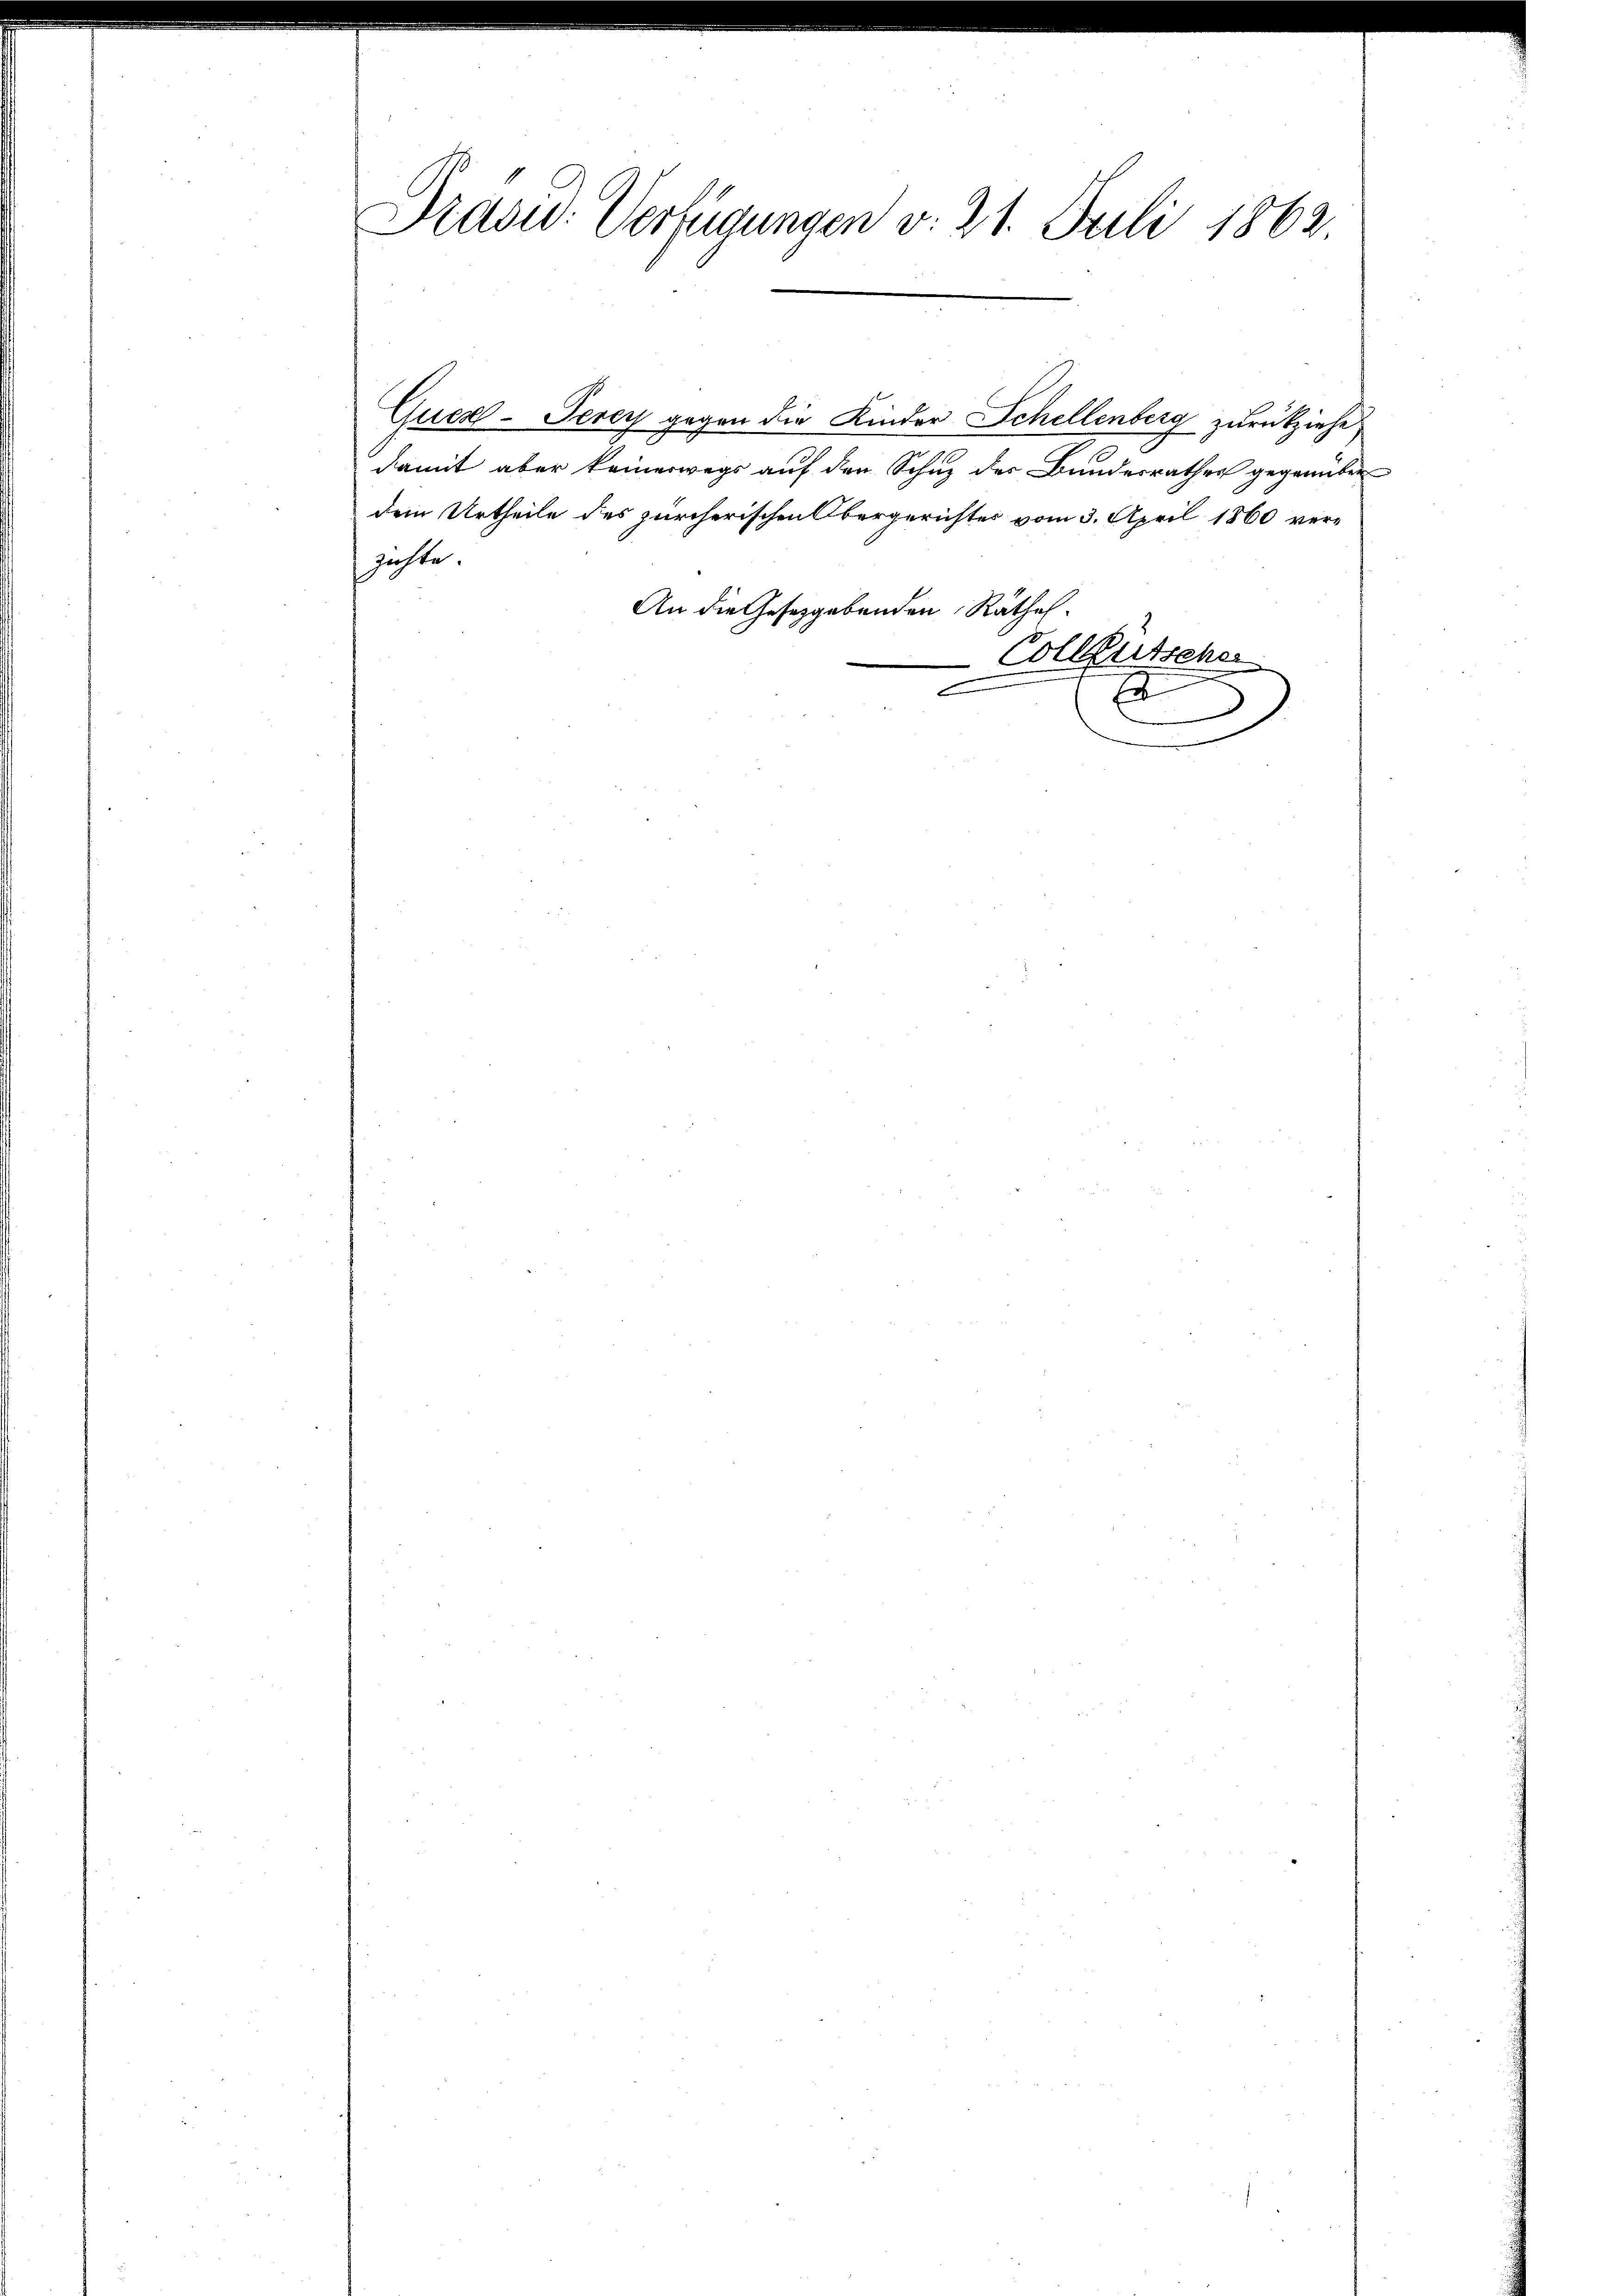
Präsid. Verfügungen v. 21. Juli 1862.

Quex-Terey gegen die Kinder Schellenberg zurückziehe,
3
damit aber keinerwegs auf den Schuz des Bundesrathes gegenüber
dem Urtheile des zürcherischen Obergerichter vom 3. April 1860 verzichte.
An die Gesetzgebenden Räthe.
Collgütscher
.
x